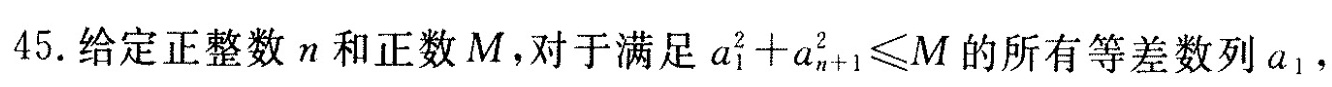
45.给定正整数n和正数M，对于满足$$a _ { 1 } ^ { 2 } + a _ { n + 1 } ^ { 2 } ≤ M$$的所有等差数列a_{1}，